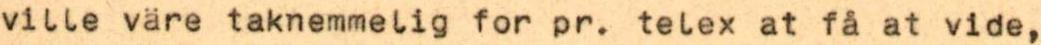
ville väre taknemmelig for pr. telex at få at vide,